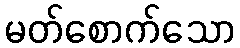
မတ်စောက်သော